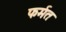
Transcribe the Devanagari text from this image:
फर्मत